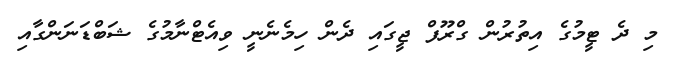
މި ދެ ޓީމުގެ އިތުރުން ގްރޫފް ޖީގައި ދެން ހިމެނެނީ ވިއެޓްނާމުގެ ޝަބްޑަނަންގާއި